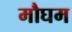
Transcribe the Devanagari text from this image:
मौघम